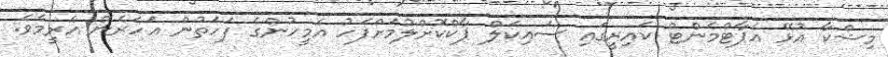
މިޝްކާ އުޅޭ އެޕާޓްމެންޓް ކައިރީގައި ސައިކަލް ޕާކްކޮށްލުމަށްފަހު އެމީހުންގެ ފަހަތުން އަހަރެން އެރީމެވެ.